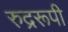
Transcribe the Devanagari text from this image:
रुद्ररूपी